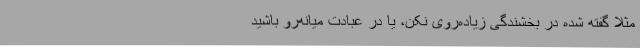
مثلاً گفته شده در بخشندگی زیاده‌روی نکن، یا در عبادت میانه‌رو باشید